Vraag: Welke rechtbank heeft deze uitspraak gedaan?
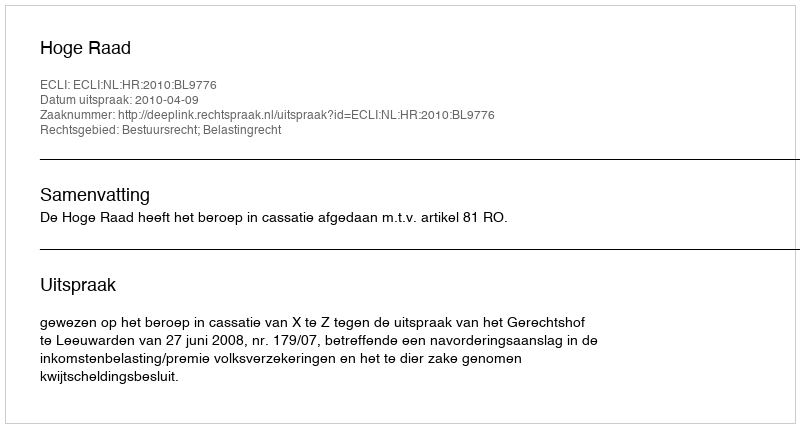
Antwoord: Hoge Raad